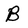
Character: B